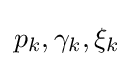
p_{k},\gamma _{k},\xi _{k}